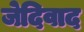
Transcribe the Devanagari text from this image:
जेदिवाद